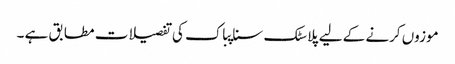
موزوں کرنے کے لیے پلاسٹک سناپباک کی تفصیلات مطابق ہے ۔